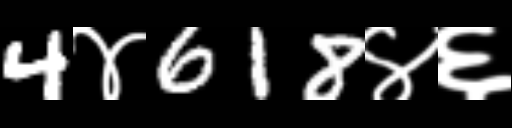
Text: 4४618४६